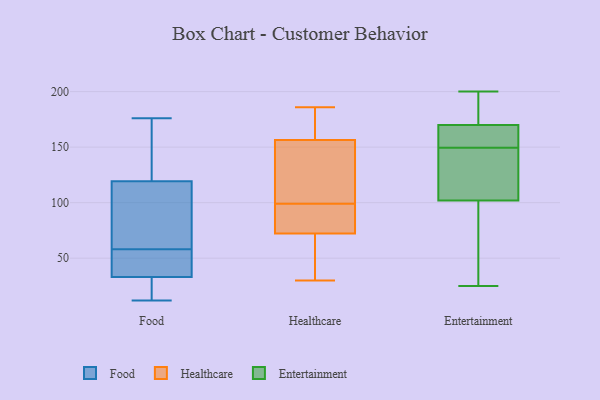
{"axis": {"x": "Headcount", "y": "Value"}, "legend": ["Entertainment", "Food", "Healthcare"], "data": [{"x": "", "y": 109, "type": "Food"}, {"x": "", "y": 176, "type": "Food"}, {"x": "", "y": 58, "type": "Food"}, {"x": "", "y": 13, "type": "Food"}, {"x": "", "y": 34, "type": "Food"}, {"x": "", "y": 46, "type": "Food"}, {"x": "", "y": 12, "type": "Food"}, {"x": "", "y": 46, "type": "Food"}, {"x": "", "y": 120, "type": "Food"}, {"x": "", "y": 93, "type": "Food"}, {"x": "", "y": 30, "type": "Food"}, {"x": "", "y": 125, "type": "Food"}, {"x": "", "y": 119, "type": "Food"}, {"x": "", "y": 35, "type": "Healthcare"}, {"x": "", "y": 186, "type": "Healthcare"}, {"x": "", "y": 99, "type": "Healthcare"}, {"x": "", "y": 72, "type": "Healthcare"}, {"x": "", "y": 84, "type": "Healthcare"}, {"x": "", "y": 73, "type": "Healthcare"}, {"x": "", "y": 170, "type": "Healthcare"}, {"x": "", "y": 116, "type": "Healthcare"}, {"x": "", "y": 110, "type": "Healthcare"}, {"x": "", "y": 30, "type": "Healthcare"}, {"x": "", "y": 176, "type": "Healthcare"}, {"x": "", "y": 41, "type": "Entertainment"}, {"x": "", "y": 170, "type": "Entertainment"}, {"x": "", "y": 121, "type": "Entertainment"}, {"x": "", "y": 102, "type": "Entertainment"}, {"x": "", "y": 156, "type": "Entertainment"}, {"x": "", "y": 165, "type": "Entertainment"}, {"x": "", "y": 182, "type": "Entertainment"}, {"x": "", "y": 142, "type": "Entertainment"}, {"x": "", "y": 25, "type": "Entertainment"}, {"x": "", "y": 200, "type": "Entertainment"}, {"x": "", "y": 169, "type": "Entertainment"}, {"x": "", "y": 50, "type": "Entertainment"}, {"x": "", "y": 137, "type": "Entertainment"}, {"x": "", "y": 27, "type": "Entertainment"}, {"x": "", "y": 145, "type": "Entertainment"}, {"x": "", "y": 196, "type": "Entertainment"}, {"x": "", "y": 175, "type": "Entertainment"}, {"x": "", "y": 154, "type": "Entertainment"}]}